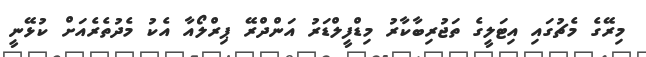
މިރޭގެ މެޗުގައި އިޓަލީގެ ތަޖުރިބާކާރު މިޑްފީލްޑަރު އަންދްރޭ ޕިރްލޯއާ އެކު މެދުތެރެއަށް ކުޅޭނީ